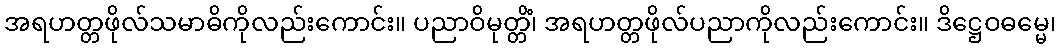
အရဟတ္တဖိုလ်သမာဓိကိုလည်းကောင်း။ ပညာဝိမုတ္တိံ၊ အရဟတ္တဖိုလ်ပညာကိုလည်းကောင်း။ ဒိဋ္ဌေဝဓမ္မေ၊